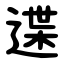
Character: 䢡